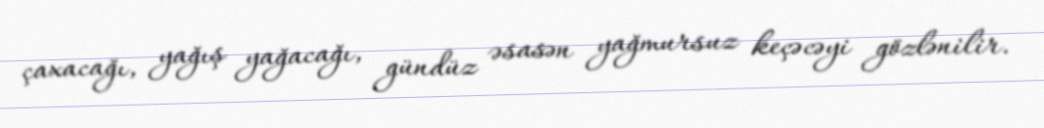
çaxacağı, yağış yağacağı, gündüz əsasən yağmursuz keçəcəyi gözlənilir.